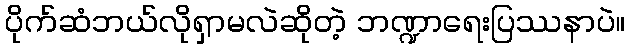
ပိုက်ဆံဘယ်လိုရှာမလဲဆိုတဲ့ ဘဏ္ဍာရေးပြဿနာပဲ။